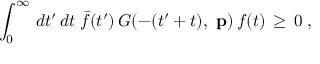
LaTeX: \int _ { 0 } ^ { \infty } \, d t ^ { \prime } \, d t \; \bar { f } ( t ^ { \prime } ) \, G ( - ( t ^ { \prime } + t ) , \mathrm { \bf ~ p } ) \, f ( t ) \, \ge \, 0 \; ,